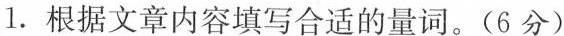
1. 根据文章内容填写合适的量词。(6分)